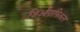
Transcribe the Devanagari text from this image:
जिऑग्राफिकल